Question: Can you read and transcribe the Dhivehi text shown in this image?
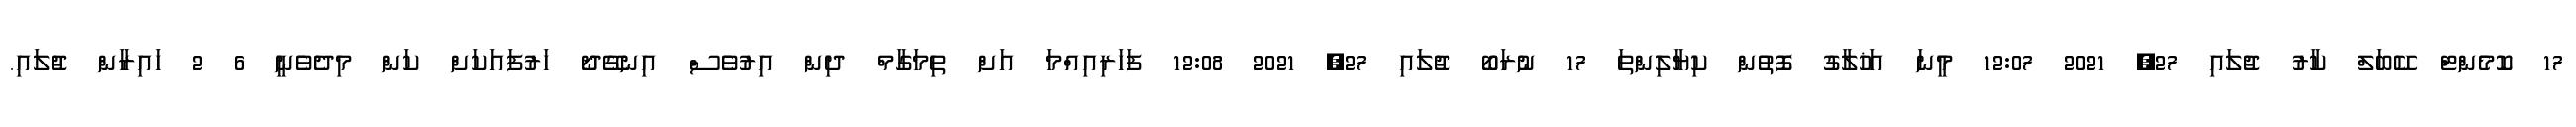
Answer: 17 ކޮމެންޓް ކޭބަލް ކާރު ޖުލައި 27, 2021 12:07 މީނަ އަޚުލާގު ފޮތުން ކިޔާލިންތަ 17 ނުރަބޯ ޖުލައި 27, 2021 12:08 ފަހަރިއިއްމަ އަށް ތިމަގާމް ދިން އިރުވެސް އިނގޭދޯ ހަރުފައަކަށް ކަން މިދެވެނީ 6 2 ހައިރާން ޖުލައި.